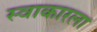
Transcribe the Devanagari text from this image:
स्वाकारला